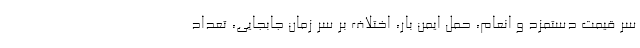
سر قیمت دستمزد و انعام، حمل ایمن بار، اختلاف بر سر زمان جابجایی، تعداد